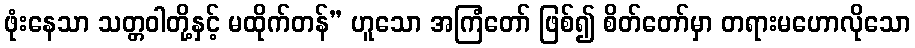
ဖုံးနေသာ သတ္တဝါတို့နှင့် မထိုက်တန်” ဟူသော အကြံတော် ဖြစ်၍ စိတ်တော်မှာ တရားမဟောလိုသော